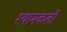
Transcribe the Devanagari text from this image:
श्यामकली